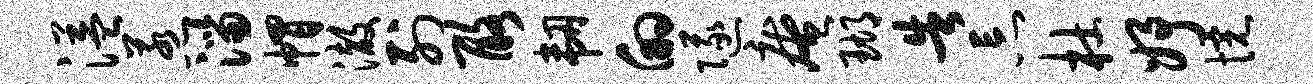
溢惹淄帽澈列酪韧的隧庵瑚告忘杜妤惋